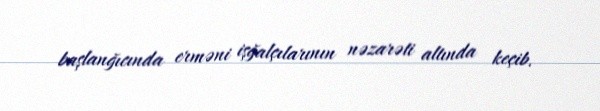
başlanğıcında erməni işğalçılarının nəzarəti altında keçib.